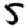
Digit: 5